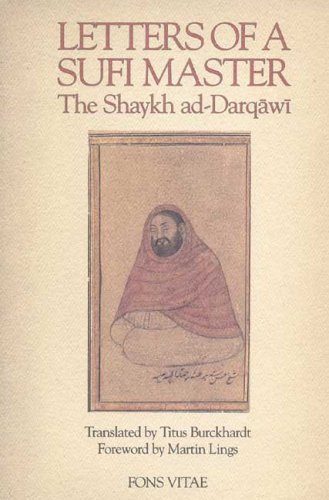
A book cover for Letters of a Sufi Master (The Fons Vitae Titus Burckhardt series); Shaykh Al-'Arabi ad-Darqawi; Religion & Spirituality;